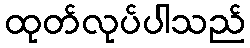
ထုတ်လုပ်ပါသည်